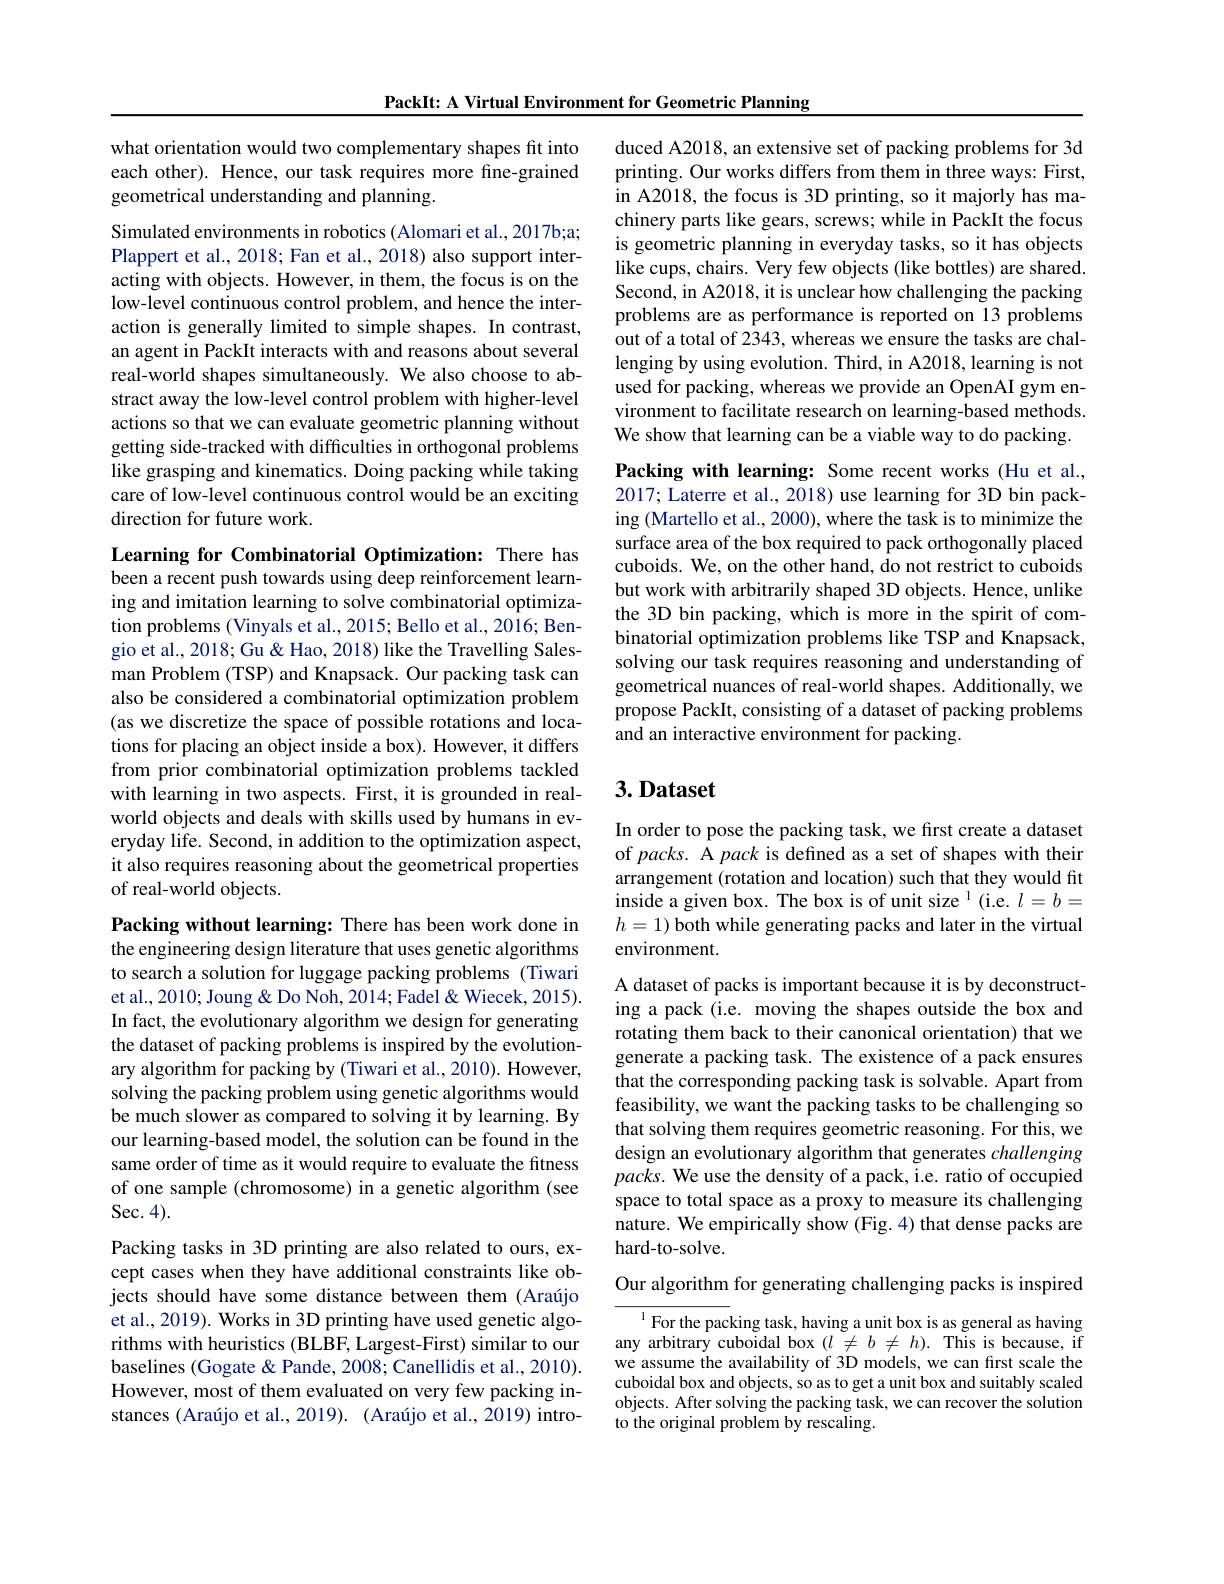
PackIt: A Virtual Environment for Geometric Planning

what orientation would two complementary shapes fit into each other). Hence, our task requires more fine-grained geometrical understanding and planning.

Simulated environments in robotics (Alomari et al., 2017b;a; Plappert et al., 2018; Fan et al., 2018) also support interacting with objects. However, in them, the focus is on the low-level continuous control problem, and hence the interaction is generally limited to simple shapes. In contrast, an agent in PackIt interacts with and reasons about several real-world shapes simultaneously. We also choose to abstract away the low-level control problem with higher-level actions so that we can evaluate geometric planning without getting side-tracked with difficulties in orthogonal problems like grasping and kinematics. Doing packing while taking care of low-level continuous control would be an exciting direction for future work.

Learning for Combinatorial Optimization: There has been a recent push towards using deep reinforcement learning and imitation learning to solve combinatorial optimization problems (Vinyals et al., 2015; Bello et al., 2016; Bengio et al., 2018; Gu & Hao, 2018) like the Travelling Salesman Problem (TSP) and Knapsack. Our packing task can also be considered a combinatorial optimization problem (as we discretize the space of possible rotations and locations for placing an object inside a box). However, it differs from prior combinatorial optimization problems tackled with learning in two aspects. First, it is grounded in realworld objects and deals with skills used by humans in everyday life. Second, in addition to the optimization aspect, it also requires reasoning about the geometrical properties of real-world objects.

Packing without learning: There has been work done in the engineering design literature that uses genetic algorithms to search a solution for luggage packing problems (Tiwari et al., 2010; Joung & Do Noh, 2014; Fadel & Wiecek, 2015). In fact, the evolutionary algorithm we design for generating the dataset of packing problems is inspired by the evolutionary algorithm for packing by (Tiwari et al., 2010). However, solving the packing problem using genetic algorithms would be much slower as compared to solving it by learning. By our learning-based model, the solution can be found in the same order of time as it would require to evaluate the fitness of one sample (chromosome) in a genetic algorithm (see Sec. 4).

Packing tasks in 3D printing are also related to ours, except cases when they have additional constraints like objects should have some distance between them (Araújo et al., 2019). Works in 3D printing have used genetic algorithms with heuristics (BLBF, Largest-First) similar to our baselines (Gogate & Pande, 2008; Canellidis et al., 2010). However, most of them evaluated on very few packing instances (Araújo et al., 2019). (Araújo et al., 2019) intro-

duced A2018, an extensive set of packing problems for 3d printing. Our works differs from them in three ways: First, in A2018, the focus is 3D printing, so it majorly has machinery parts like gears, screws; while in PackIt the focus is geometric planning in everyday tasks, so it has objects like cups, chairs. Very few objects (like bottles) are shared. Second, in A2018, it is unclear how challenging the packing problems are as performance is reported on 13 problems out of a total of 2343, whereas we ensure the tasks are challenging by using evolution. Third, in A2018, learning is not used for packing, whereas we provide an OpenAI gym environment to facilitate research on learning-based methods. We show that learning can be a viable way to do packing.

Packing with learning: Some recent works (Hu et al., 2017; Laterre et al., 2018) use learning for 3D bin packing (Martello et al., 2000), where the task is to minimize the surface area of the box required to pack orthogonally placed cuboids. We, on the other hand, do not restrict to cuboids but work with arbitrarily shaped 3D objects. Hence, unlike the 3D bin packing, which is more in the spirit of combinatorial optimization problems like TSP and Knapsack, solving our task requires reasoning and understanding of geometrical nuances of real-world shapes. Additionally, we propose PackIt, consisting of a dataset of packing problems and an interactive environment for packing.

# 3. Dataset

In order to pose the packing task, we fırst create a dataset of packs. A pack is defined as a set of shapes with their arrangement (rotation and location) such that they would fit inside a given box. The box is of unit size $^1$(i.e. $l=b=$ $h=1)$ both while generating packs and later in the virtual environment.
A dataset of packs is important because it is by deconstructing a pack (i.e. moving the shapes outside the box and rotating them back to their canonical orientation) that we generate a packing task. The existence of a pack ensures that the corresponding packing task is solvable. Apart from feasibility, we want the packing tasks to be challenging so that solving them requires geometric reasoning. For this, we design an evolutionary algorithm that generates challenging $packs.$ We use the density of a pack, i.e. ratio of occupied space to total space as a proxy to measure its challenging nature. We empirically show (Fig. 4) that dense packs are ${\mathrm{hard-to-solve}}.$

Our algorithm for generating challenging packs is inspired

${^{1}\text{For the packing task, having a unit box is as general as having}}$ any arbitrary cuboidal box $(l\neq b\neq h).$ This is because, if we assume the availability of 3D models, we can first scale the cuboidal box and objects, so as to get a unit box and suitably scaled objects. After solving the packing task, we can recover the solution to the original problem by rescaling.